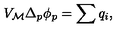
V _ { \cal M } \Delta _ { p } \phi _ { p } = \sum q _ { i } ,